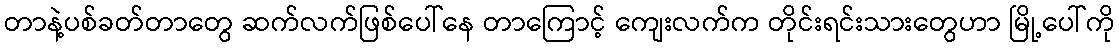
တာနဲ့ပစ်ခတ်တာတွေ ဆက်လက်ဖြစ်ပေါ်နေ တာကြောင့် ကျေးလက်က တိုင်းရင်းသားတွေဟာ မြို့ပေါ်ကို